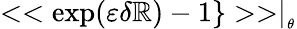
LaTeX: <<\exp(\varepsilon\delta\mathbb{R})-1\} >>\mid_{_{\theta}}